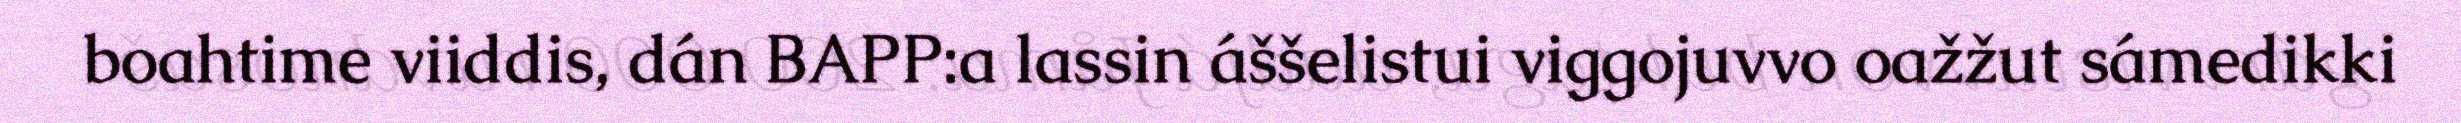
boahtime viiddis, dán BAPP:a lassin áššelistui viggojuvvo oažžut sámedikki